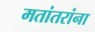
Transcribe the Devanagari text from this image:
मतांतरांना